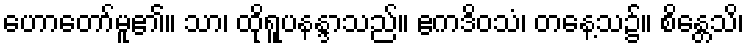
ဟောတော်မူ၏။ သာ၊ ထိုရူပနန္ဒာသည်။ ဧကဒိဝသံ၊ တနေ့သ၌။ စိန္တေသိ၊